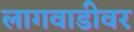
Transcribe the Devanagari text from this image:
लागवाडीवर